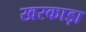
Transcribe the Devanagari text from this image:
खरकाड़ा